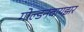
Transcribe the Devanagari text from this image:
गोल्डनवायझर